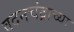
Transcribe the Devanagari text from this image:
वदनचंद्राच्या